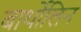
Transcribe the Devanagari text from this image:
बार्थोलिन